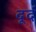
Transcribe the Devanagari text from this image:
दूर्द